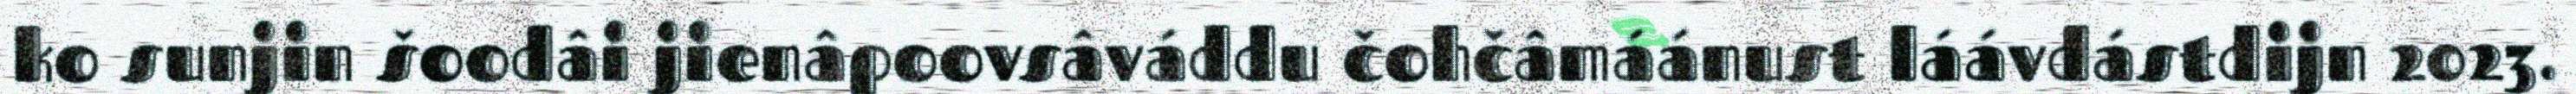
ko sunjin šoodâi jienâpoovsâváddu čohčâmáánust láávdástdijn 2023.